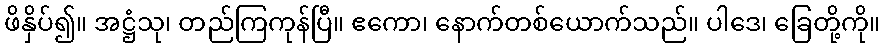
ဖိနှိပ်၍။ အဋ္ဌံသု၊ တည်ကြကုန်ပြီ။ ဧကော၊ နောက်တစ်ယောက်သည်။ ပါဒေ၊ ခြေတို့ကို။